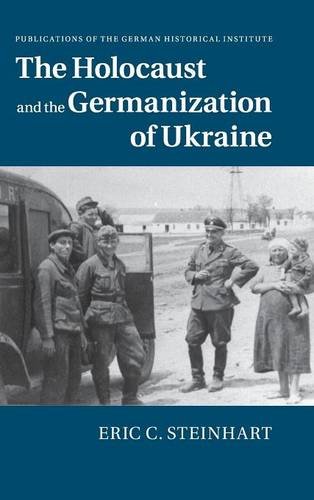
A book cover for The Holocaust and the Germanization of Ukraine (Publications of the German Historical Institute); Eric C. Steinhart; History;